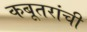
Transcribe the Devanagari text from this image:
कबूतरांची